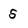
Character: s